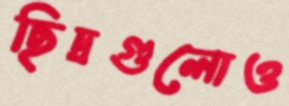
ছিদ্রগুলোও